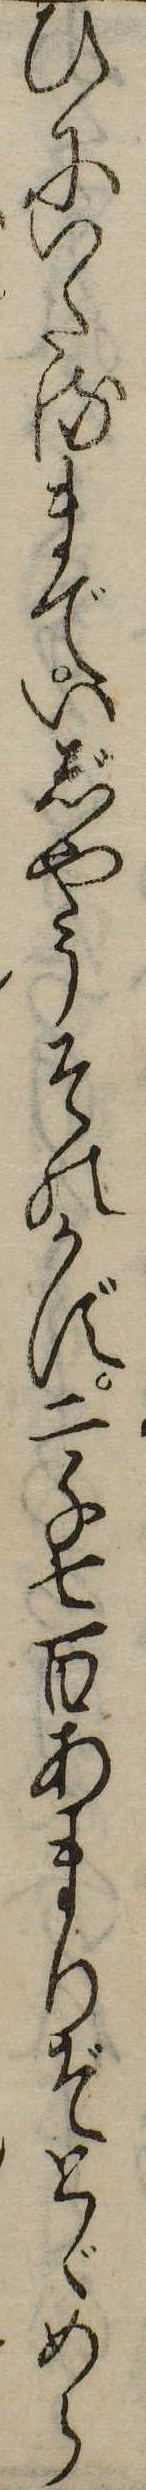
ひにいたるまでいじやうそのかず二千七百あまりぞとゞめら